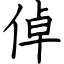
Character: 倬